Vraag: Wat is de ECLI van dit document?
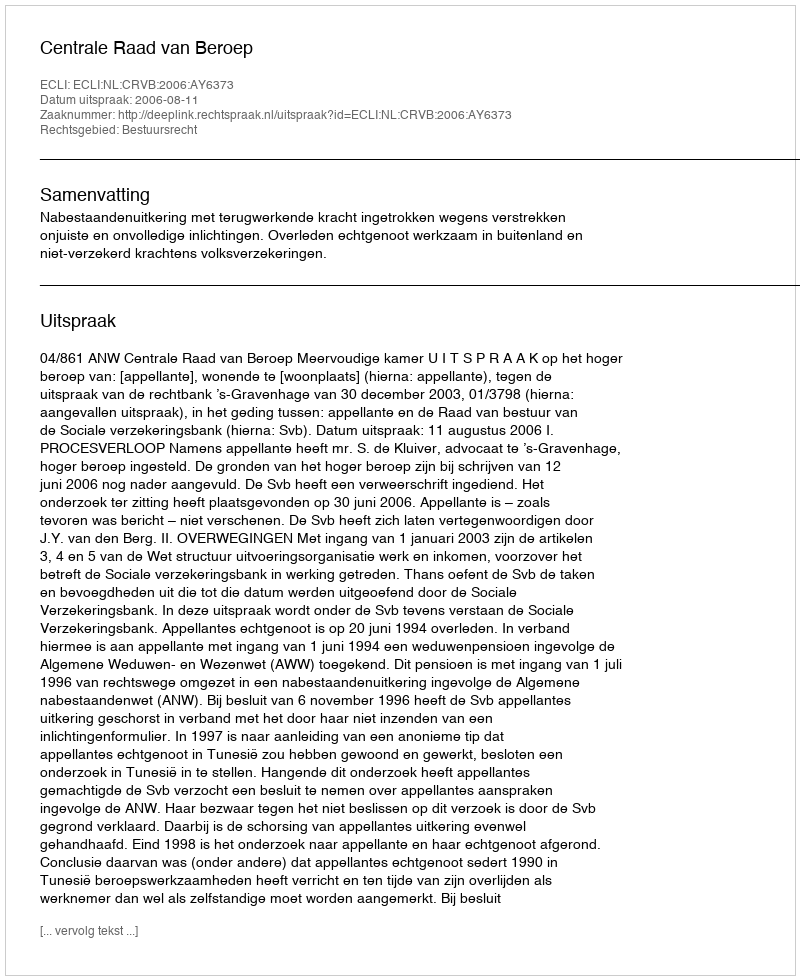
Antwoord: ECLI:NL:CRVB:2006:AY6373